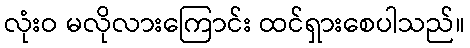
လုံးဝ မလိုလားကြောင်း ထင်ရှားစေပါသည်။